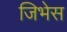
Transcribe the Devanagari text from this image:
जिभेस